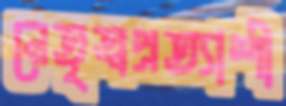
নেতৃত্বপ্রত্যাশী